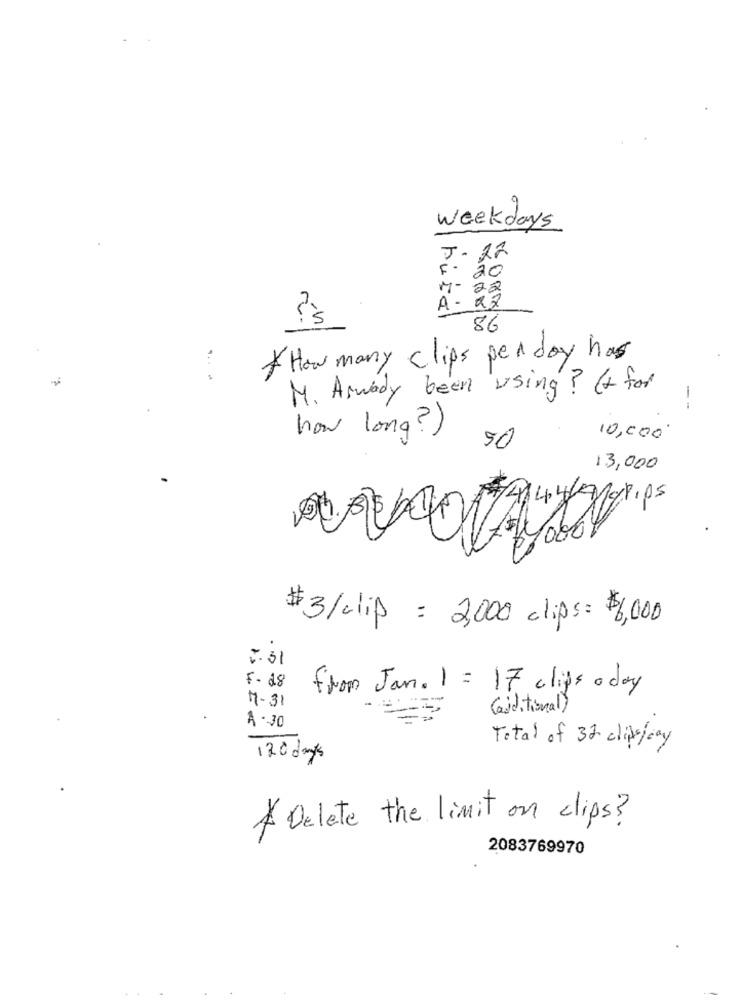
weekdays
J- 22
20
M - 22
A - 22
bito
?'s
86
How many clips per day has
M. Aswody been using? (+ for
--
how long?)
10,000
50
13,000
#3/clip = 2,000 clips: $3,000
7.31
F.18
from Jan. 1 = 17 clips o day
M-31
(asiditional )
4.30
Total of 32 clik/day
130 days
Delete the limit on clips?
2083769970